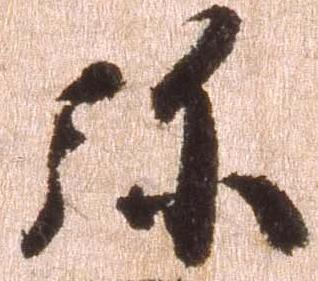
弥